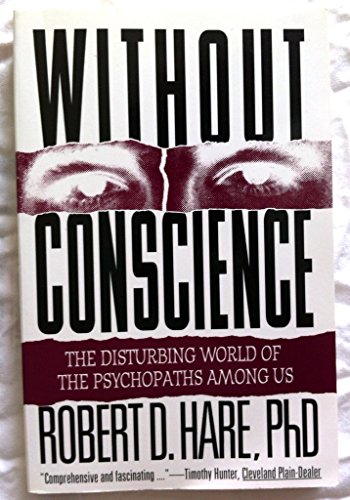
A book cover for Without Conscience: The Disturbing World of the Psychopaths Among Us; Robert D. Hare; Health, Fitness & Dieting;